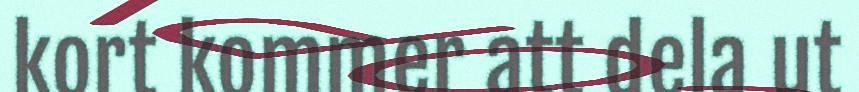
kort kommer att dela ut